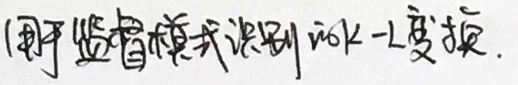
用监督模式识别也行。